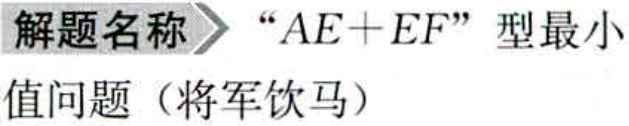
解题名称 “$AE + EF$” 型最小值问题（将军饮马）